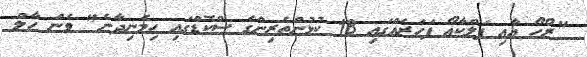
"ރޯހޯ އާއި ފަލްކާއޯ ފަހަރެއްގައި 18 ކުޅުންތެރިންގެ ސްކޮޑްގައި ހިމެނިދާނެ" ވެން ހާލް